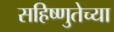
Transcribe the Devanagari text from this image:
सहिष्णुतेच्या